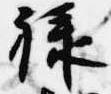
禄